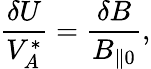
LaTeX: \frac{\delta U}{V_{A}^{*}}=\frac{\delta B}{B_{\| 0}},